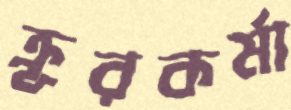
ক্রূরকর্মা